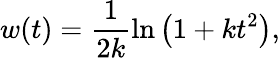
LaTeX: w(t)=\frac{1}{2k}\ln\left(1+kt^{2}\right),